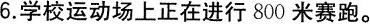
6.学校运动场上正在进行800米赛跑。